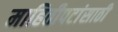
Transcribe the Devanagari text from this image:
माहितीपटांसाठी